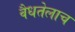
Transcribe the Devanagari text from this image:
वैधतेलाच